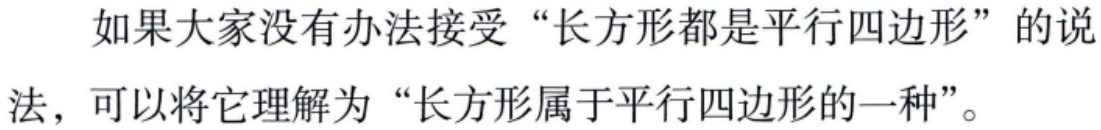
如果大家没有办法接受“长方形都是平行四边形”的说法，可以将它理解为“长方形属于平行四边形的一种”。